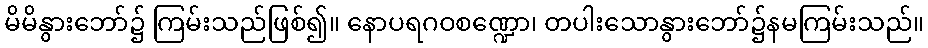
မိမိနွားဘော်၌ ကြမ်းသည်ဖြစ်၍။ နောပရဂဝစဏ္ဍော၊ တပါးသောနွားဘော်၌နမကြမ်းသည်။